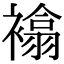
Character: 𧝅